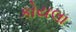
કોયલા